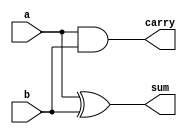
`timescale 1ns / 1ps
//////////////////////////////////////////////////////////////////////////////////
// Company: 
// Engineer: 
// 
// Design Name: 
// Module Name: Half_Adder
// Project Name: 
// Target Devices: 
// Tool Versions: 
// Description: 
// 
// Dependencies: 
// 
// Revision:
// Revision 0.01 - File Created
// Additional Comments:
// 
//////////////////////////////////////////////////////////////////////////////////


module Half_Adder (sum , carry , a , b);
input a ,b ;
output sum , carry ;

assign sum = a^b ;
assign carry = a&b;

endmodule